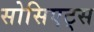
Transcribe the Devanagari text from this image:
सोसिएट्स